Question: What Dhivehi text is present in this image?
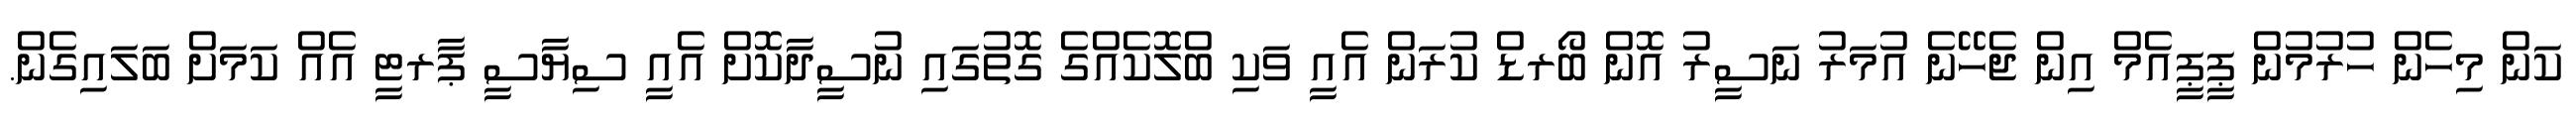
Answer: ކަން މިހެން ހުރުމުން ޕީޕީއެމް އިން ޖެހޭނެ އުމަރު ނަސީރު އޮން ބޯރޑް ކުރަން އެއީ ވަކި ބްލޮކެއްގެ ގޮތުގައި ނުސީދާކޮށް އެއީ ސިޔާސީ ޕާރޓީ އެއް ކަމަށް ބަލައިގެން.